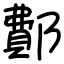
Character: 鄪